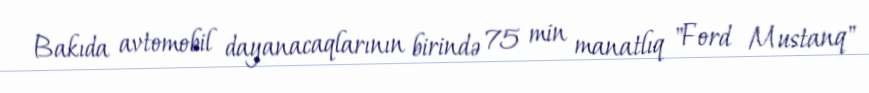
Bakıda avtomobil dayanacaqlarının birində 75 min manatlıq "Ford Mustanq"